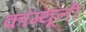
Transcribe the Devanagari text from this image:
कॉम्यूनी